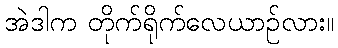
အဲဒါက တိုက်ရိုက်လေယာဉ်လား။